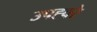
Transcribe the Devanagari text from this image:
उपह्वरे